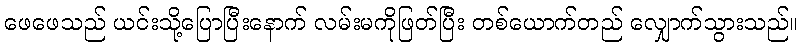
ဖေဖေသည် ယင်းသို့ပြောပြီးနောက် လမ်းမကိုဖြတ်ပြီး တစ်ယောက်တည် လျှောက်သွားသည်။